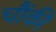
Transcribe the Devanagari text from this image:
चौंकी